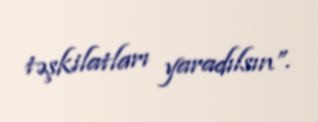
təşkilatları yaradılsın”.